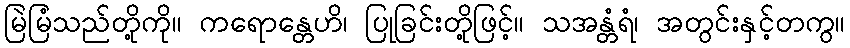
မြဲမြံသည်တို့ကို။ ကရောန္တေဟိ၊ ပြုခြင်းတို့ဖြင့်။ သအန္တံရံ၊ အတွင်းနှင့်တကွ။